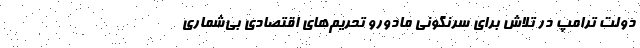
دولت ترامپ در تلاش برای سرنگونی مادورو تحریم‌های اقتصادی بی‌شماری